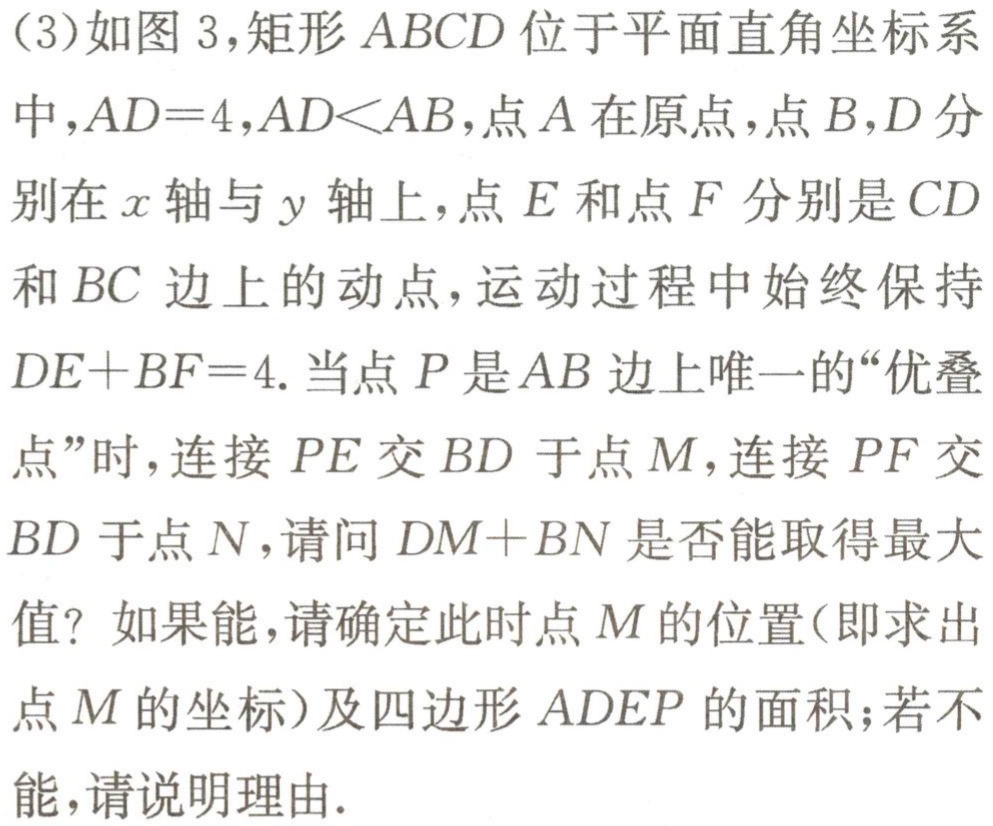
(3)如图3,矩形 \(ABCD\) 位于平面直角坐标系中,\(AD = 4\),\(AD\lt AB\),点 \(A\) 在原点,点 \(B,D\) 分别在 \(x\) 轴与 \(y\) 轴上,点 \(E\) 和点 \(F\) 分别是 \(CD\) 和 \(BC\) 边上的动点,运动过程中始终保持 \(DE + BF=4\).当点 \(P\) 是 \(AB\) 边上唯一的“优叠点”时,连接 \(PE\) 交 \(BD\) 于点 \(M\),连接 \(PF\) 交 \(BD\) 于点 \(N\),请问 \(DM + BN\) 是否能取得最大值? 如果能,请确定此时点 \(M\) 的位置(即求出点 \(M\) 的坐标)及四边形 \(ADEP\) 的面积;若不能,请说明理由.